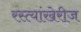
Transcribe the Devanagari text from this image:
रस्त्यांखेरीज